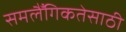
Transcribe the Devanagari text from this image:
समलैँगिकतेसाठी